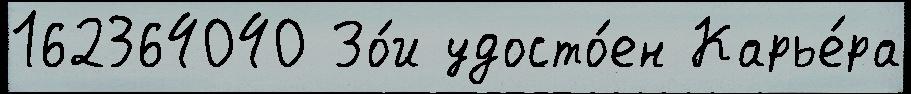
162364040 Зо́и удосто́ен Карье́ра